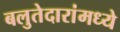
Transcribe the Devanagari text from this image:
बलुतेदारांमध्ये